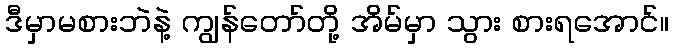
ဒီမှာမစားဘဲနဲ့ ကျွန်တော်တို့ အိမ်မှာ သွား စားရအောင်။